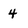
Character: 4